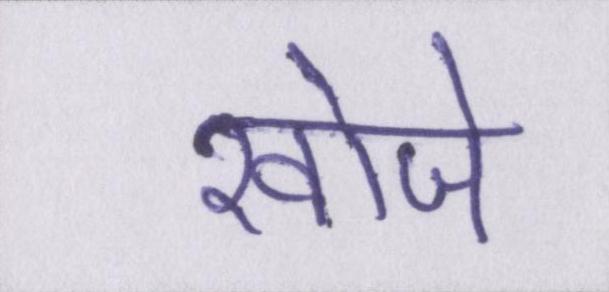
खोजे